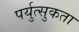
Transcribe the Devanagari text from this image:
पर्युत्सुकता